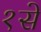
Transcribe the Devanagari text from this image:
१से